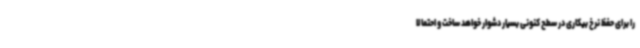
را برای حفظ نرخ بیکاری در سطح کنونی بسیار دشوار خواهد ساخت و احتمالا